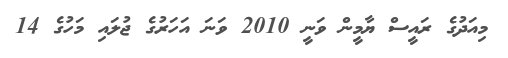
މިއަދުގެ ރައީސް ޔާމީން ވަނީ 2010 ވަނަ އަހަރުގެ ޖުލައި މަހުގެ 14